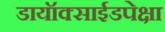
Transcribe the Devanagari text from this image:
डायॉक्साईडपेक्षा